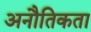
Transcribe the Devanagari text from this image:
अनौतिकता